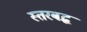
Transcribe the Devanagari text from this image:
स्तरबद्ध